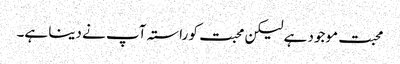
محبت موجود ہے لیکن محبت کو راستہ آپ نے دینا ہے۔